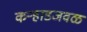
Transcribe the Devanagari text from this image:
कऱ्हाडजवळ